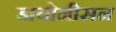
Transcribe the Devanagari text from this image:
डायोनीसन